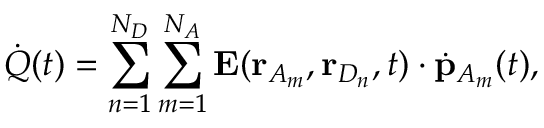
\dot { Q } ( t ) = \sum _ { n = 1 } ^ { N _ { D } } \sum _ { m = 1 } ^ { N _ { A } } \mathbf { E } ( \mathbf { r } _ { A _ { m } } , \mathbf { r } _ { D _ { n } } , t ) \cdot \dot { \mathbf { p } } _ { A _ { m } } ( t ) ,